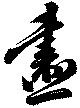
画